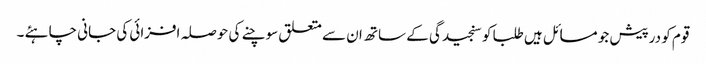
قوم کو درپیش جو مسائل ہیں طلبا کو سنجیدگی کے ساتھ ان سے متعلق سوچنے کی حوصلہ افزائی کی جانی چاہئے ۔